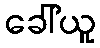
ခေါ်ယူ